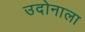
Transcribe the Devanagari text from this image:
उदोनाला